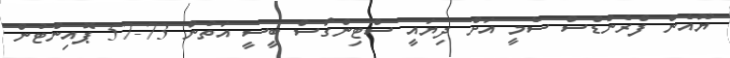
ޔޫއެން ފްރެންޑްސް ސެމީ އަށް ދިޔައީ ސްޓިންގާސް ބީސީ އަތުން 73-57 ޕޮއިންޓުން